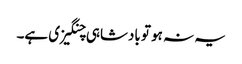
یہ نہ ہو تو بادشاہی چنگیزی ہے۔